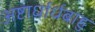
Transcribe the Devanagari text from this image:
अष्टार्धार्धबाहु